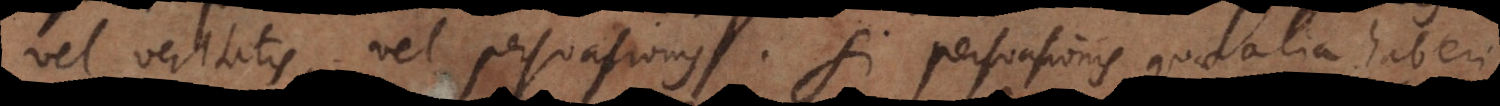
vel veritatis, vel persuasionis. Si persuasionis, quae alia haberi